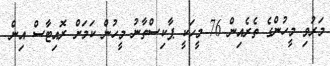
މަރުވި މީހުުންގެ ތެރެއިން 76 މީހަކީ ޕާކިސްތާނު މީހުން ކަމަށް ރޮއިޓާސް އިން